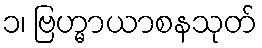
၁၊ ဗြဟ္မာယာစနသုတ်